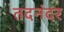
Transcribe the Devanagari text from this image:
तदनंदर